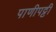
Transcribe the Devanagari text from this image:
पाणीपट्टी